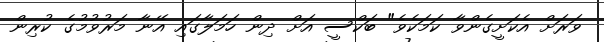
ވަރަށް އެކަށީގެންވާ ކަމަކެވެ" ބަކްސީ އަށް ދިން ހަމަލާގައި އޭނާ މަރުވުމުގެ ކުރިން